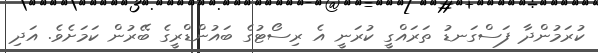
ކުރަމުންދާ ފަސްގަނޑު ތަރައްގީ ކުރަނީ އެ ރިސޯޓުގެ ބައުންޑްރީގެ ބޭރުން ކަމަށެވެ. އަދި